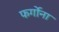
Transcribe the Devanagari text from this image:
फर्गोना